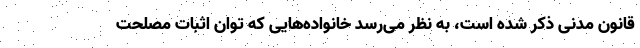
قانون مدنی ذکر شده است، به نظر می‌رسد خانواده‌هایی که توان اثبات مصلحت